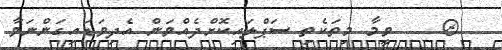
&    ވީމާ މިތަކެތި ސަޕްލައިކޮށްދެއްވަން އެދިވަޑައިގަންނަވާ